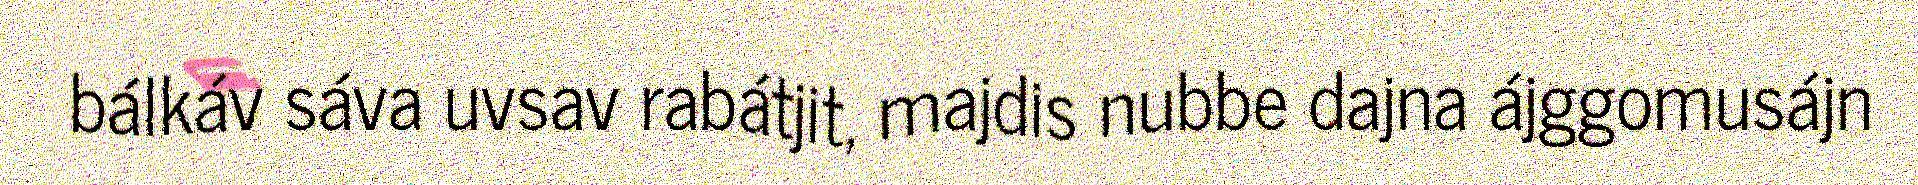
bálkáv sáva uvsav rabátjit, majdis nubbe dajna ájggomusájn